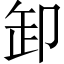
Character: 卸